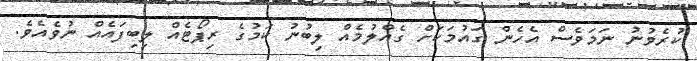
ކުރެވުނު ނަމަވެސް އެހެން ގައުމަކަށް ގެއްލުމެއް ލިބުނު ކަމުގެ ރިޕޯޓެއް ލިބިފައެއް ނުވެއެވެ.